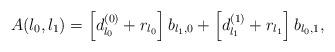
LaTeX: \begin{align*}~A(l_0,l_1)=\left[d_{l_0}^{(0)}+r_{l_0}\right]b_{l_1,0}+\left[d_{l_1}^{(1)}+r_{l_1}\right]b_{l_0,1},\end{align*}